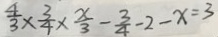
\frac { 4 } { 3 } \times \frac { 3 } { 4 } \times \frac { x } { 3 } - \frac { 3 } { 4 } - 2 - x = 3